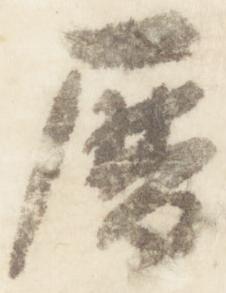
暦